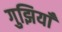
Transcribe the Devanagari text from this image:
गुझियाँ